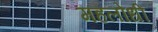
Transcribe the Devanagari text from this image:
महलोधी